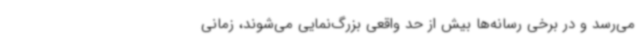
می‌رسد و در برخی رسانه‌ها بیش از حد واقعی بزرگ‌نمایی می‌شوند، زمانی